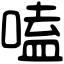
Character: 嗑